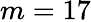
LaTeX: m=17